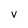
Character: v